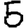
Digit: 5